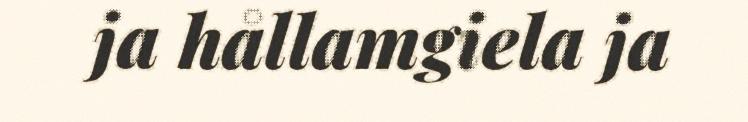
ja hållamgiela ja